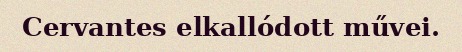
Cervantes elkallódott művei.